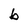
Character: b